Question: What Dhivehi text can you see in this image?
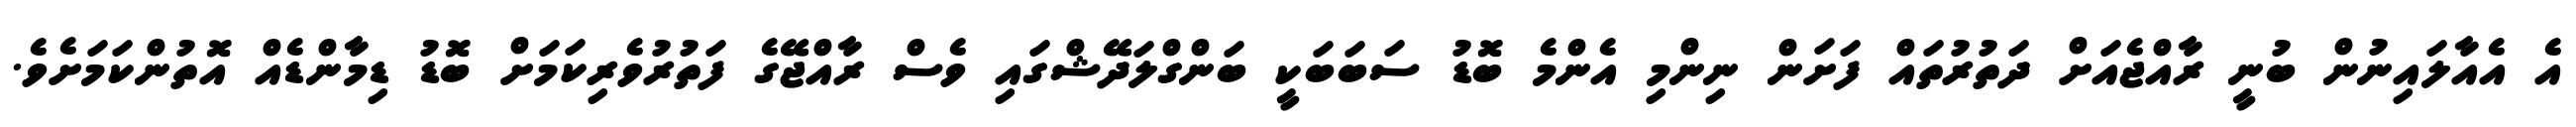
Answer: އެ އެއާލައިނުން ބުނީ ރާއްޖެއަށް ދަތުރުތައް ފަށަން ނިންމި އެންމެ ބޮޑު ސަބަބަކީ ބަންގްލަދޭޝްގައި ވެސް ރާއްޖޭގެ ފަތުރުވެރިކަމަށް ބޮޑު ޑިމާންޑެއް އޮތުންކަމަށެވެ.